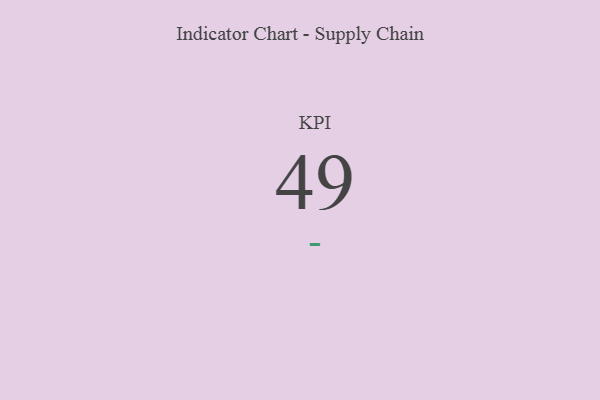
{"axis": {"x": "KPI", "y": "Value"}, "legend": [""], "data": [{"x": "KPI", "y": 49, "type": ""}]}